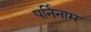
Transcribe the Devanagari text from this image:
पर्निनाम